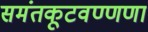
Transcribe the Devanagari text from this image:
समंतकूटवण्णणा